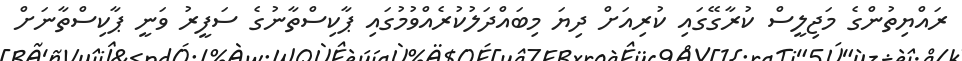
ރައްޔިތުންގެ މަޖިލީސް ކުރާގޭގައި ކުރިއަށް ދިޔަ މިބައްދަލުކުރެއްވުމުގައި ޕާކިސްތާނުގެ ސަފީރު ވަނީ ޕާކިސްތާނަށް